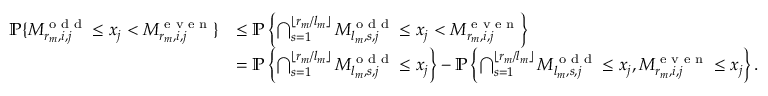
\begin{array} { r l } { \mathbb { P } \{ M _ { r _ { m } , i , j } ^ { \textrm { o d d } } \leq x _ { j } < M _ { r _ { m } , i , j } ^ { \textrm { e v e n } } \} } & { \leq \mathbb { P } \left\{ \bigcap _ { s = 1 } ^ { \lfloor r _ { m } / l _ { m } \rfloor } M _ { l _ { m } , s , j } ^ { \textrm { o d d } } \leq x _ { j } < M _ { r _ { m } , i , j } ^ { \textrm { e v e n } } \right\} } \\ & { = \mathbb { P } \left\{ \bigcap _ { s = 1 } ^ { \lfloor r _ { m } / l _ { m } \rfloor } M _ { l _ { m } , s , j } ^ { \textrm { o d d } } \leq x _ { j } \right\} - \mathbb { P } \left\{ \bigcap _ { s = 1 } ^ { \lfloor r _ { m } / l _ { m } \rfloor } M _ { l _ { m } , s , j } ^ { \textrm { o d d } } \leq x _ { j } , M _ { r _ { m } , i , j } ^ { \textrm { e v e n } } \leq x _ { j } \right\} . } \end{array}